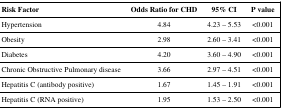
| Risk Factor | Odds Ratio for CHD | 95% CI | P value |
 | --- | --- | --- | --- |
 | Hypertension | 4.84 | 4.23 – 5.53 | <0.001 |
 | Obesity | 2.98 | 2.60 – 3.41 | <0.001 |
 | Diabetes | 4.20 | 3.60 – 4.90 | <0.001 |
 | Chronic Obstructive Pulmonary disease | 3.66 | 2.97 – 4.51 | <0.001 |
 | Hepatitis C (antibody positive) | 1.67 | 1.45 – 1.91 | <0.001 |
 | Hepatitis C (RNA positive) | 1.95 | 1.53 – 2.50 | <0.001 |